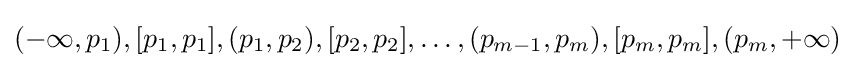
(-\infty ,p_{1}),[p_{1},p_{1}],(p_{1},p_{2}),[p_{2},p_{2}],\dots ,(p_{m-1},p_{m}),[p_{m},p_{m}],(p_{m},+\infty )